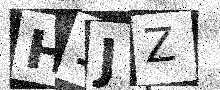
Text: H1JZ